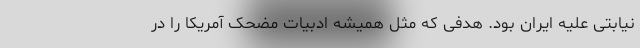
نیابتی علیه ایران بود. هدفی که مثل همیشه ادبیات مضحک آمریکا را در